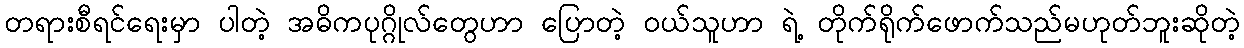
တရားစီရင်ရေးမှာ ပါတဲ့ အဓိကပုဂ္ဂိုလ်တွေဟာ ပြောတဲ့ ဝယ်သူဟာ ရဲ့ တိုက်ရိုက်ဖောက်သည်မဟုတ်ဘူးဆိုတဲ့